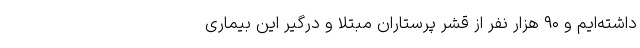
داشته‌ایم و ۹۰ هزار نفر از قشر پرستاران مبتلا و درگیر این بیماری